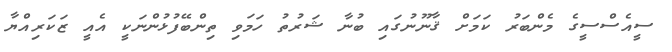
ސީއެސްސީގެ މެންބަރު ކަމަށް ޤާނޫނުގައި ބުނާ ޝަރުތު ހަމަވި ތިންބޭފުޅުންނަކީ އެއީ ޒަކަރިއްޔާ